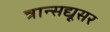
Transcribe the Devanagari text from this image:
त्रान्सद्यूसर